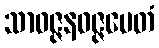
သာဝဇ္ဇနဝဇ္ဇမေတံ